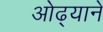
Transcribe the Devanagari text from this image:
ओढ्याने